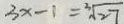
3 x - 1 = \sqrt [ 3 ] { 2 7 }